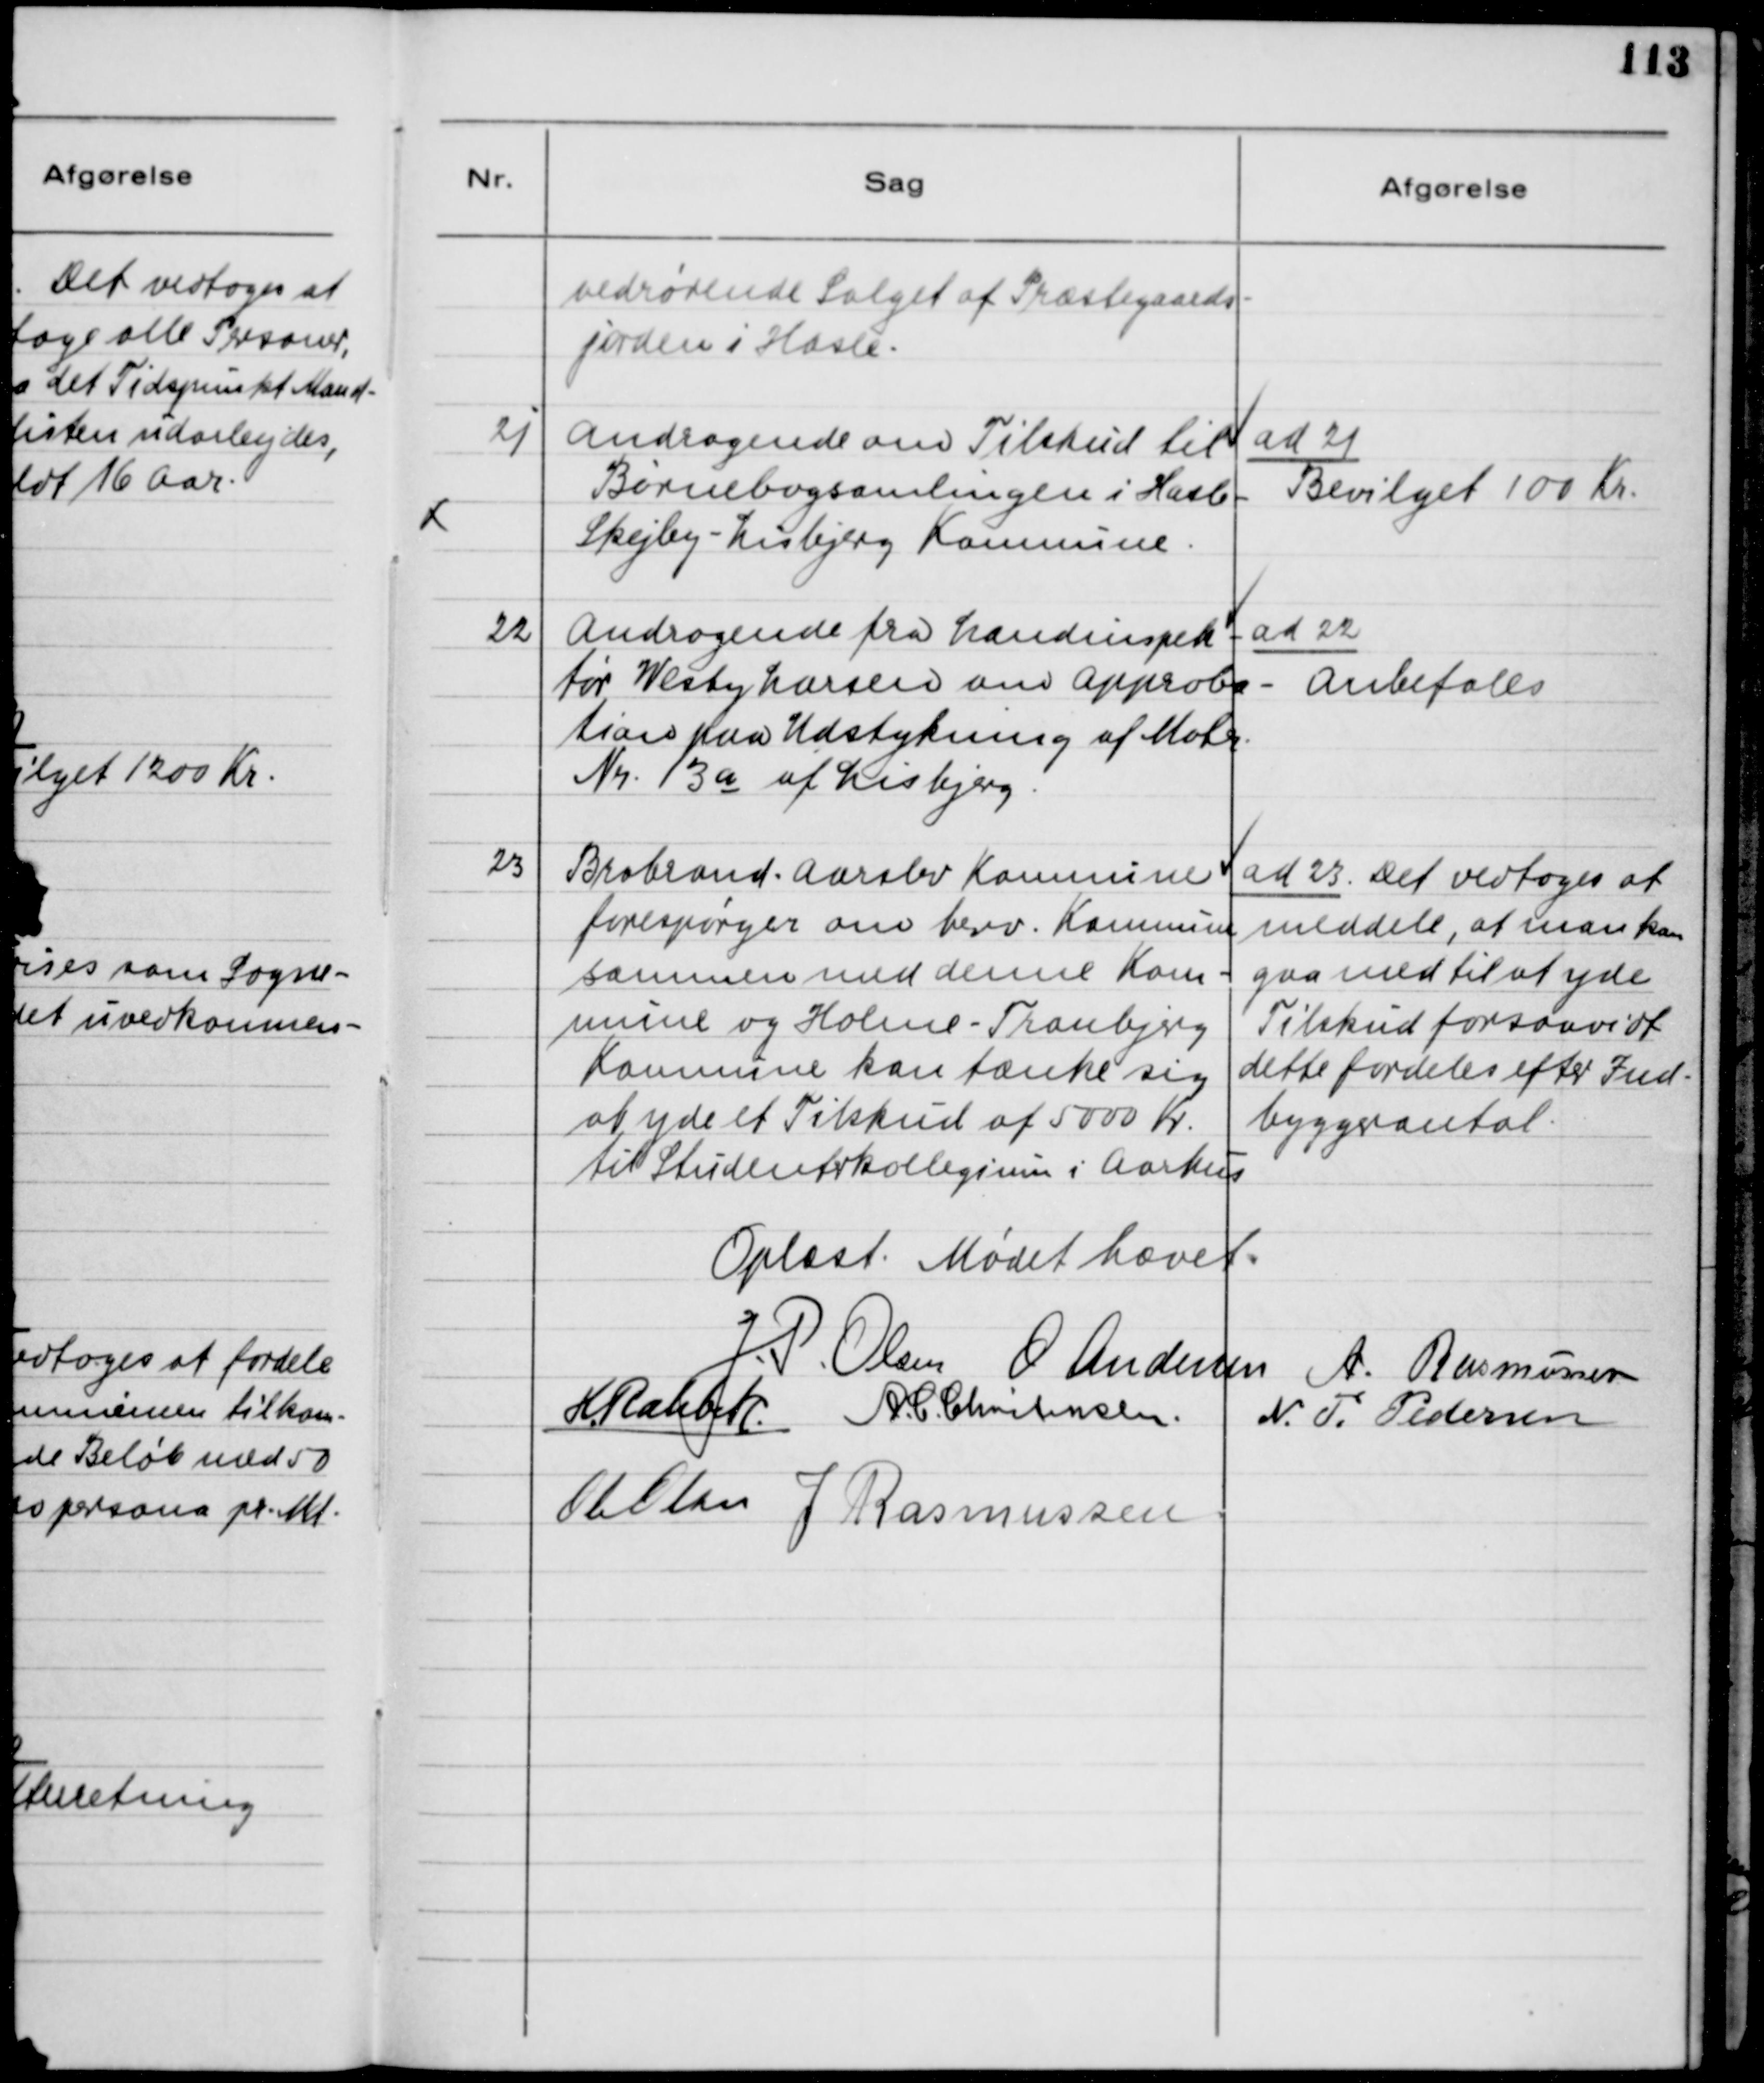
Transskription:
vedrørende Salget af Præstegaards-
jorden i Hasle.
21
Andragende om Tilskud til
Børnebogsamlingen i Hasle-
Skejby-Lisbjerg Kommune.
ad 21
Bevilget 100 Kr.
22.
Andragende fra Landinspek-
tør, Westy Larsen om Approba-
tion paa Udstykning af Matr.
Nr. 13a af Lisbjerg
ad 22
Anbefales
23
Brabrand-Aarslev Kommune
forespørger om herv. Kommune
sammen med denne Kom-
mune og Holme-Tranbjerg
Kommune kan tænke sig
at yde et Tilskud af 5000 Kr
til Studenterkollegium i Aarhus.
ad 23. Det vedtoges at
meddele, at man kan 
gaa med til at yde
Tilskud forsaavidt
dette fordeles efter Ind-
byggerantal.
Oplæst: Mødet hævet.
J.P. Olsen
O Andersen
A. Rasmussen
H. Rahbek
A.C. Christensen.
N.T. Pedersen
Ole Olsen
J Rasmussen